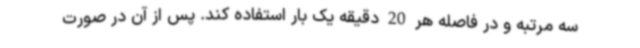
سه مرتبه و در فاصله هر 20 دقیقه یک بار استفاده کند. پس از آن در صورت